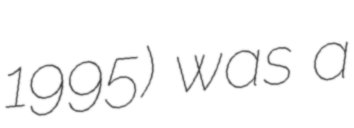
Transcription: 1995) was a